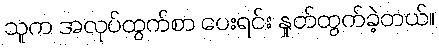
သူက အလုပ်ထွက်စာ ပေးရင်း နှုတ်ထွက်ခဲ့တယ်။